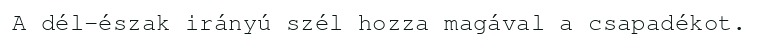
A dél-észak irányú szél hozza magával a csapadékot.